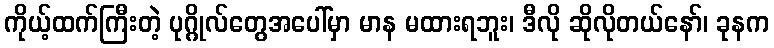
ကိုယ့်ထက်ကြီးတဲ့ ပုဂ္ဂိုလ်တွေအပေါ်မှာ မာန မထားရဘူး၊ ဒီလို ဆိုလိုတယ်နော်၊ ခုနက